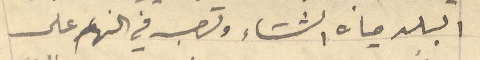
البلد مياه الشتاء وتصب في النهر على